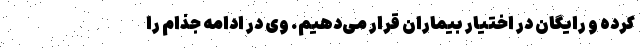
کرده و رایگان در اختیار بیماران قرار می‌دهیم. وی در ادامه جذام را